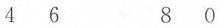
4 6 8 0